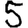
Digit: 5